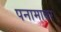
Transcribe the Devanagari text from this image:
पनामावर